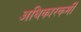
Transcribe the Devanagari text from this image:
अधिकारकर्मी